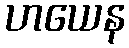
ဟယေန